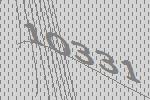
10331